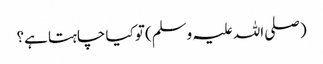
(صلی اللہ علیہ وسلم) تو کیا چاہتا ہے؟